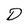
Character: D